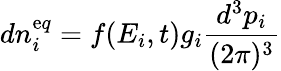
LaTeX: dn_{i}^{\mathrm{e}q}=f(E_{i},t)g_{i}{\frac{{d^{3}p_{i}}}{{(2\pi)^{3}}}}